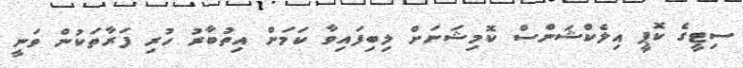
ސިޓީގެ ކޮޕީ އިލެކްޝަންސް ކޮމިޝަނަށް ލިބިފައިވާ ކަމަށް އިތުބާރު ހުރި ފަރާތަކުން ވަނީ